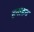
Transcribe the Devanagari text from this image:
हनाहन